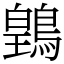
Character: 䳨